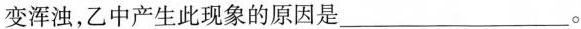
变浑浊，乙中产生此现象的原因是___。